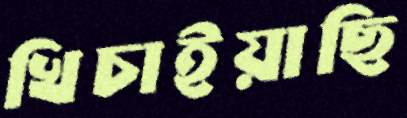
খিচাইয়াছি